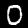
Digit: 0